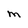
Character: m